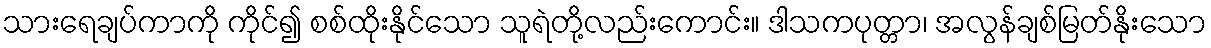
သားရေချပ်ကာကို ကိုင်၍ စစ်ထိုးနိုင်သော သူရဲတို့လည်းကောင်း။ ဒါသကပုတ္တာ၊ အလွန်ချစ်မြတ်နိုးသော